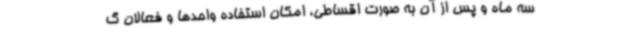
سه ماه و پس از آن به صورت اقساطی، امکان استفاده واحدها و فعالان گ